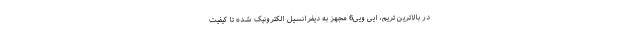
در بالاترین تریم، ایی ویی6 مجهز به دیفرانسیل الکترونیک شده تا کیفیت